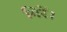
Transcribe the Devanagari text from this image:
गिरें।